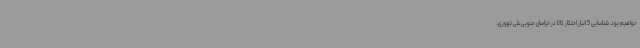
خواهیم بود. شناسایی 5 انبار احتکار کالا در خراسان جنوبی علی تهوری،